Report on enteric fever
Disease focus: Fever
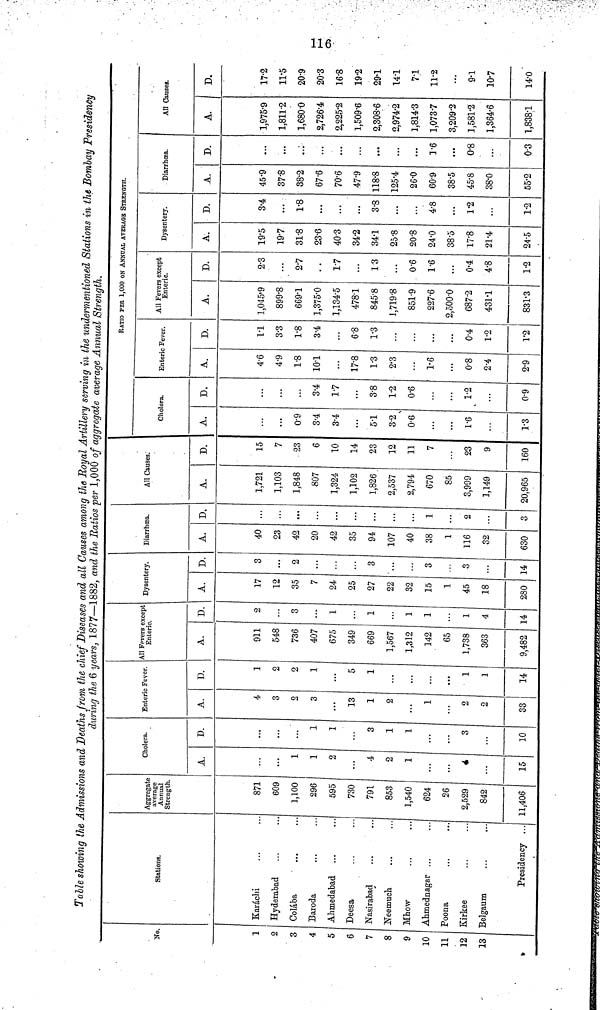
Table showing the Admissions and Deaths from the chief Diseases and all Causes among the Royal Artillery serving in the undermentioned Stations in the Bombay Presidency
during the 6 years, 1877—1882, and the Ratios per 1,000 of aggregate average Annual Strength.
No.
1
C
4
5
6
7
8
9
10
11
12
13
Stations.
Karáchi
Hyderabad
Colába
Baroda
Ahmedabad
Deesa
Nasirabad
Neemuch
Mhow
Ahmednagar ...
Poona
Kirkee
Belgaum
Presidency ,..
Aggregate
average
Annual
Strength.
871
609
1,100
296
595
730
791
853
1,540
624
26
2,529
842
11,406
Cholera.
A.
...
1
1
2
...
4
2
1
4
...
15
D.
...
1
1
...
3
1
1
3
10
Enteric Fever.
A.
4
3
2
3
...
13
1
2
...
1
2
2
33
D.
1
2
2
1
...
5
1
...
1
1
14
All Fevers except
Enteric.
A.
911
548
736
407
675
349
669
1,567
1,312
142
65
1,738
363
9,482
D.
2
3
...
1
...
1
1
1
1
4
14
Dysentery.
A.
17
12
35
7
24
25
27
22
32
15
1
45
18
280
D.
3
...
2
3
...
3
3
14
Diarrhœa.
A.
40
23
42
20
42
35
94
107
40
38
1
116
32
630
D,
...
...
...
...
...
...
1
2
...
3
All Causes.
A.
1,721
1,103
1,848
807
1,324
1,102
1,826
2,537
2,794
670
85
3,999
1,149
20,965
D.
15
7
23
6
10
14
23
12
11
7
23
9
160
RATIO PER 1,000 ON ANNUAL AVERAGE STRENGTH.
Cholera.
A.
...
0.9
3.4
3.4
...
51
3.2
0.6
1.6
1.3
D.
...
3.4
17
...
3.8
1.2
0.6
1.2
0.9
Enteric Fever.
A.
4.6
4.9
1.8
101
...
17.8
1.3
2.3
1.6
0.8
2.4
2.9
D.
1.1
3.3
1.8
3.4
6.8
1.3
...
...
0.4
1.2
1.2
All Fevers except
Enteric.
A.
1,045.9
899.8
6691
1,375.0
1,134.5
478.1
845.8
1,719.8
851.9
227.6
2,500.0
687.2
431.1
831.3
D.
2.3
...
2.7
17
...
13
...
0.6
1.6
...
0.4
4.8
1.2
Dysentery.
A.
19.5
197
31.8
23.6
40.3
34.2
34.1
25.8
20.8
24.0
38.5
17.8
21.4
24.5
D.
3.4
...
1.8
...
...
...
3.8
...
4.8
...
1.2
...
1.2
Diarrhoea.
A.
45.9
37.8
38.2
67.6
70.6
47.9
118.8
125.4
26.0
60.9
38.5
45.8
38.0
55.2
D.
...
...
...
...
...
...
...
1.6
...
0.8
...
0.3
All Causes.
A.
1,975.9
1,811.2
1,680.0
2,726.4
2,225.2
1,509.6
2,308.6
2,974.2
1,814.3
1,0737
3,209.2
1,581.2
1,364.6
1,838.1
D.
17.2
11.5
20.9
20.3
16.8
19.2
29.1
141
7.1
11.2
...
9.1
107
14.0
116